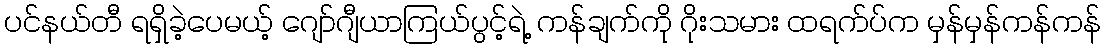
ပင်နယ်တီ ရရှိခဲ့ပေမယ့် ဂျော်ဂျီယာကြယ်ပွင့်ရဲ့ ကန်ချက်ကို ဂိုးသမား ထရက်ပ်က မှန်မှန်ကန်ကန်